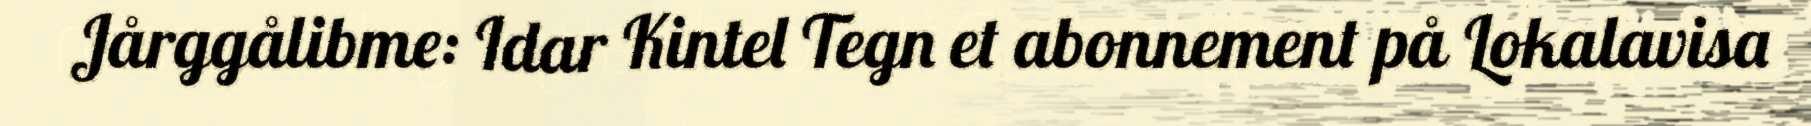
Jårggålibme: Idar Kintel Tegn et abonnement på Lokalavisa